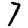
Digit: 7